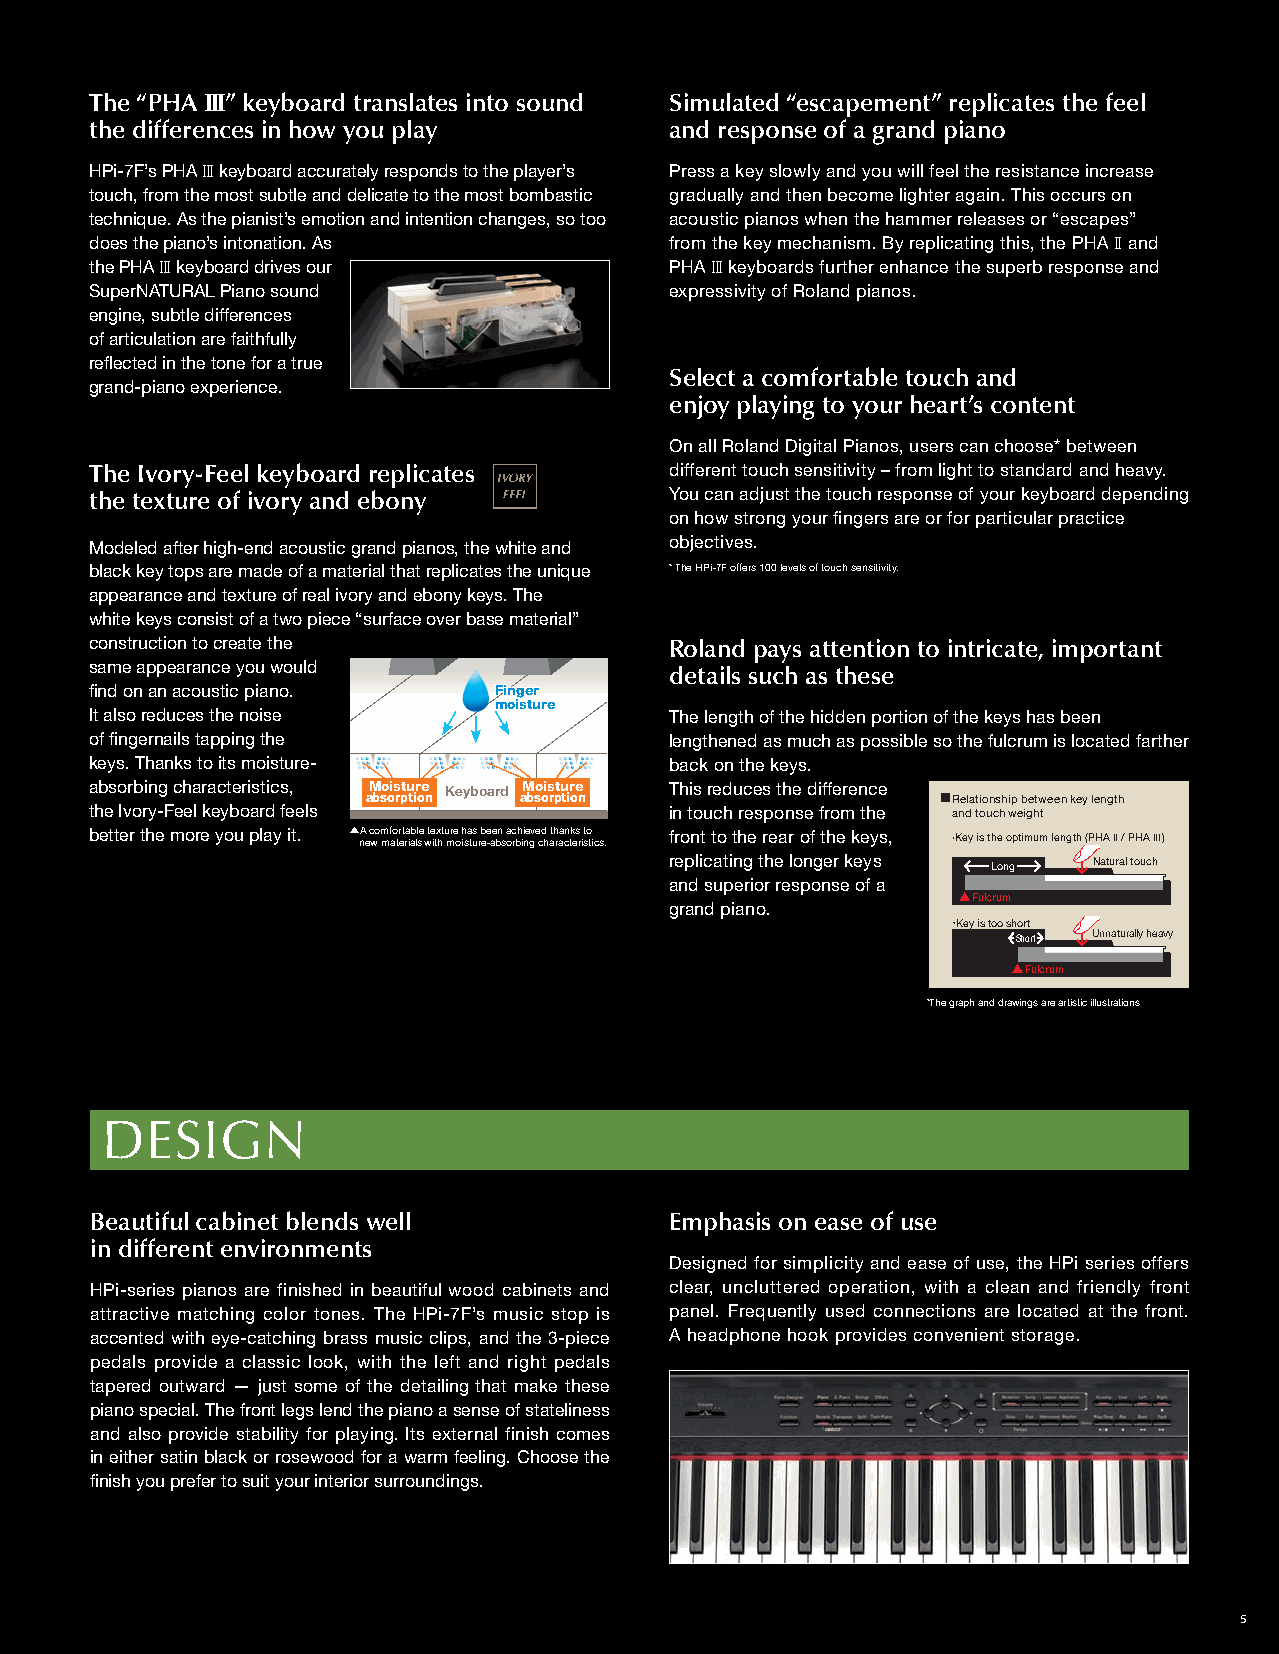
III
 The “PHA ” keyboard translates into sound Simulated “escapement” replicates the feel
 the differences in how you play       and response of a grand piano
 HPi-7F’s PHA III keyboard accurately responds to the player’s Press a key slowly and you will feel the resistance increase
 touch, from the most subtle and delicate to the most bombastic gradually and then become lighter again. This occurs on
 technique. As the pianist’s emotion and intention changes, so too acoustic pianos when the hammer releases or “escapes”
 does the piano’s intonation. As       from the key mechanism. By replicating this, the PHA II and
 the PHA III keyboard drives our       PHA III keyboards further enhance the superb response and
 SuperNATURAL Piano sound              expressivity of Roland pianos.
 engine, subtle differences
 of articulation are faithfully
 refl ected in the tone for a true
 Select a comfortable touch and
 grand-piano experience.
 enjoy playing to your heart’s content
 On all Roland Digital Pianos, users can choose* between
 The Ivory-Feel keyboard replicates    different touch sensitivity – from light to standard and heavy.
 the texture of ivory and ebony        You can adjust the touch response of your keyboard depending
 on how strong your fi ngers are or for particular practice
 Modeled after high-end acoustic grand pianos, the white and objectives.
 black key tops are made of a material that replicates the unique * The HPi-7F offers 100 levels of touch sensitivity.
 appearance and texture of real ivory and ebony keys. The
 white keys consist of a two piece “surface over base material”
 construction to create the            Roland pays attention to intricate, important
 same appearance you would
 details such as these
 fi nd on an acoustic piano. FFiinnggeerr
 mmooiissttuurree
 It also reduces the noise             The length of the hidden portion of the keys has been
 of fi ngernails tapping the           lengthened as much as possible so the fulcrum is located farther
 keys. Thanks to its moisture-         back on the keys.
 absorbing characteristics, Moisture Keyboard Moisture This reduces the difference
 absorption absorption                  Relationship between key length
 the Ivory-Feel keyboard feels         in touch response from the and touch weight
 better the more you play it. A ne c wo m mf ao tr et ra iab ll se wte itx htu mre o h isa tus rb e-e ae bn s a oc rbh ii ne gve cd h ath raa cn tk es r it so ti cs. front to the rear of the keys, Key is the optimum length (PHA II / PHA III)
 replicating the longer keys Long Natural touch
 and superior response of a
 Fulcrum
 grand piano.
 Key is too short
 Short Unnaturally heavy
 Fulcrum
 *The graph and drawings are artistic illustrations
 DESIGN
 Beautiful cabinet blends well         Emphasis on ease of use
 in different environments
 Designed for simplicity and ease of use, the HPi series offers
 HPi-series pianos are finished in beautiful wood cabinets and clear, uncluttered operation, with a clean and friendly front
 attractive matching color tones. The HPi-7F’s music stop is panel. Frequently used connections are located at the front.
 accented with eye-catching brass music clips, and the 3-piece A headphone hook provides convenient storage.
 pedals provide a classic look, with the left and right pedals
 tapered outward — just some of the detailing that make these
 piano special. The front legs lend the piano a sense of stateliness
 and also provide stability for playing. Its external finish comes
 in either satin black or rosewood for a warm feeling. Choose the
 fi nish you prefer to suit your interior surroundings.
 5